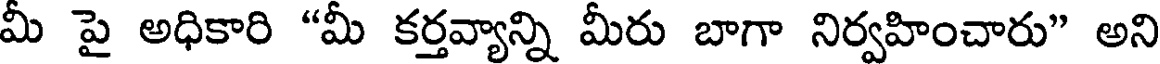
మీ పై అధికారి "మీ కర్తవ్యాన్ని మీరు బాగా నిర్వహించారు" అని